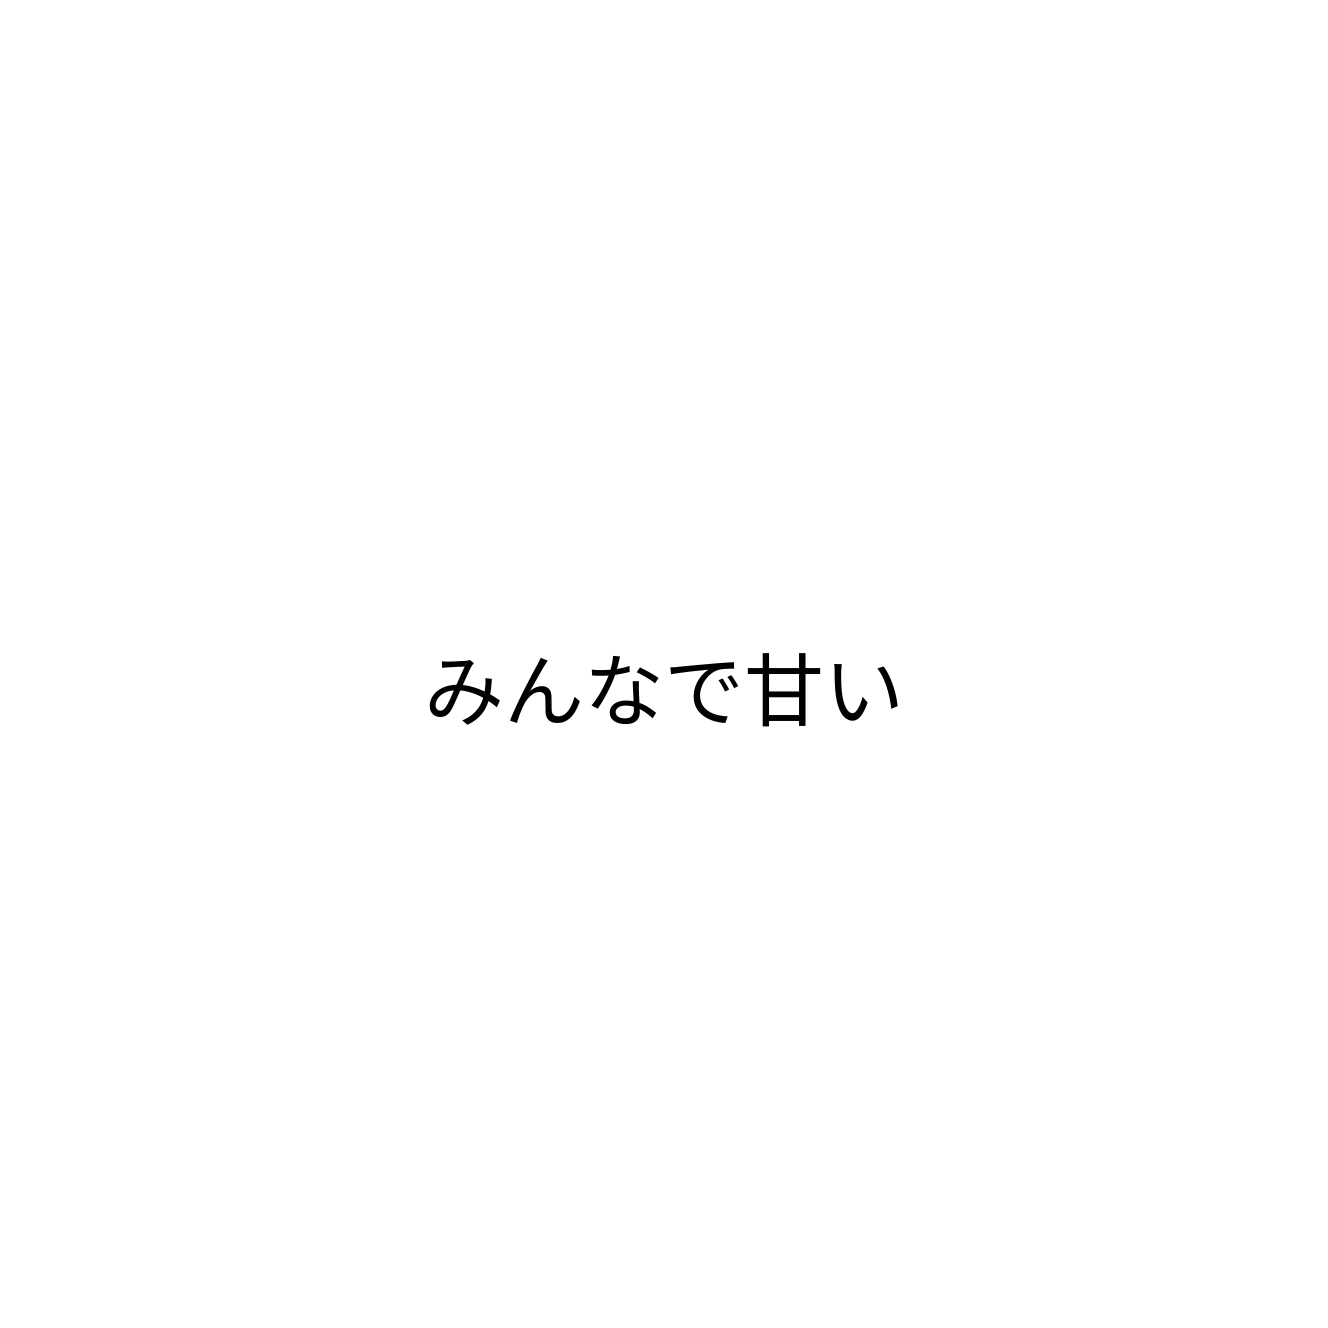
みんなで甘い